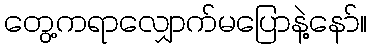
တွေ့ကရာလျှောက်မပြောနဲ့နော်။